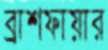
ব্রাশফায়ার